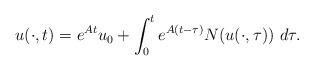
LaTeX: \begin{align*}u(\cdot,t)=e^{At}u_{0}+\int_{0}^{t}e^{A(t-\tau)}N(u(\cdot,\tau))\ d\tau.\end{align*}